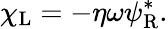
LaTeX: \chi_{\mathrm{{L}}}=-\eta\omega\psi_{\mathrm{{R}}}^{*}.